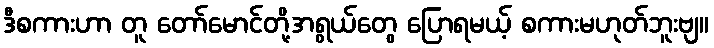
ဒီစကားဟာ တူ တော်မောင်တို့အရွယ်တွေ ပြောရမယ့် စကားမဟုတ်ဘူးဗျ။